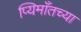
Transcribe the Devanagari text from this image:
प्यिमाँतच्या